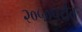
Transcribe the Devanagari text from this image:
२०५०पर्यंत